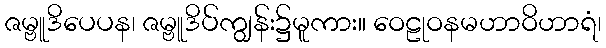
ဇမ္ဗူဒိပေပန၊ ဇမ္ဗူဒိပ်ကျွန်း၌မူကား။ ဝေဠုဝနမဟာဝိဟာရံ၊